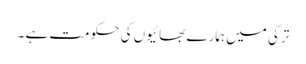
ترکی میں ہمارے بھائیوں کی حکومت ہے ۔